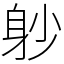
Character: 𨈘